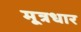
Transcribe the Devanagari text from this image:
मूत्रधार